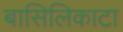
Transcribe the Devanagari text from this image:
बासिलिकाटा